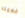
فهمته